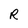
Character: R